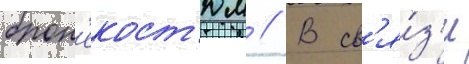
брон'екост'юм // В св'я́з'и